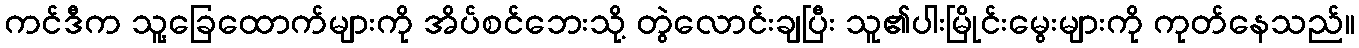
ကင်ဒီက သူ့ခြေထောက်များကို အိပ်စင်ဘေးသို့ တွဲလောင်းချပြီး သူ၏ပါးမြိုင်းမွေးများကို ကုတ်နေသည်။